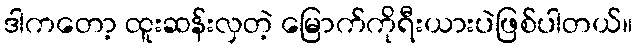
ဒါကတော့ ထူးဆန်းလှတဲ့ မြောက်ကိုရီးယားပဲဖြစ်ပါတယ်။